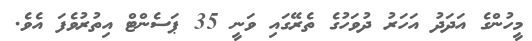
މީހުންގެ އަދަދު އަހަރު ދުވަހުގެ ތެރޭގައި ވަނީ 35 ޕަސެންޓް އިތުރުވެފަ އެވެ.